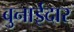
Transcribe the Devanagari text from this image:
बुनाईदार